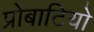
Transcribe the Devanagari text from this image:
प्रोबाटियो